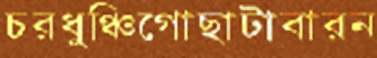
চরধুঞ্চিগোছাটাবারন